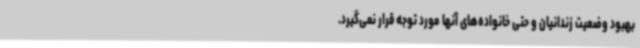
بهبود وضعیت زندانیان و حتی خانواده‌های آنها مورد توجه قرار نمی‌گیرد.